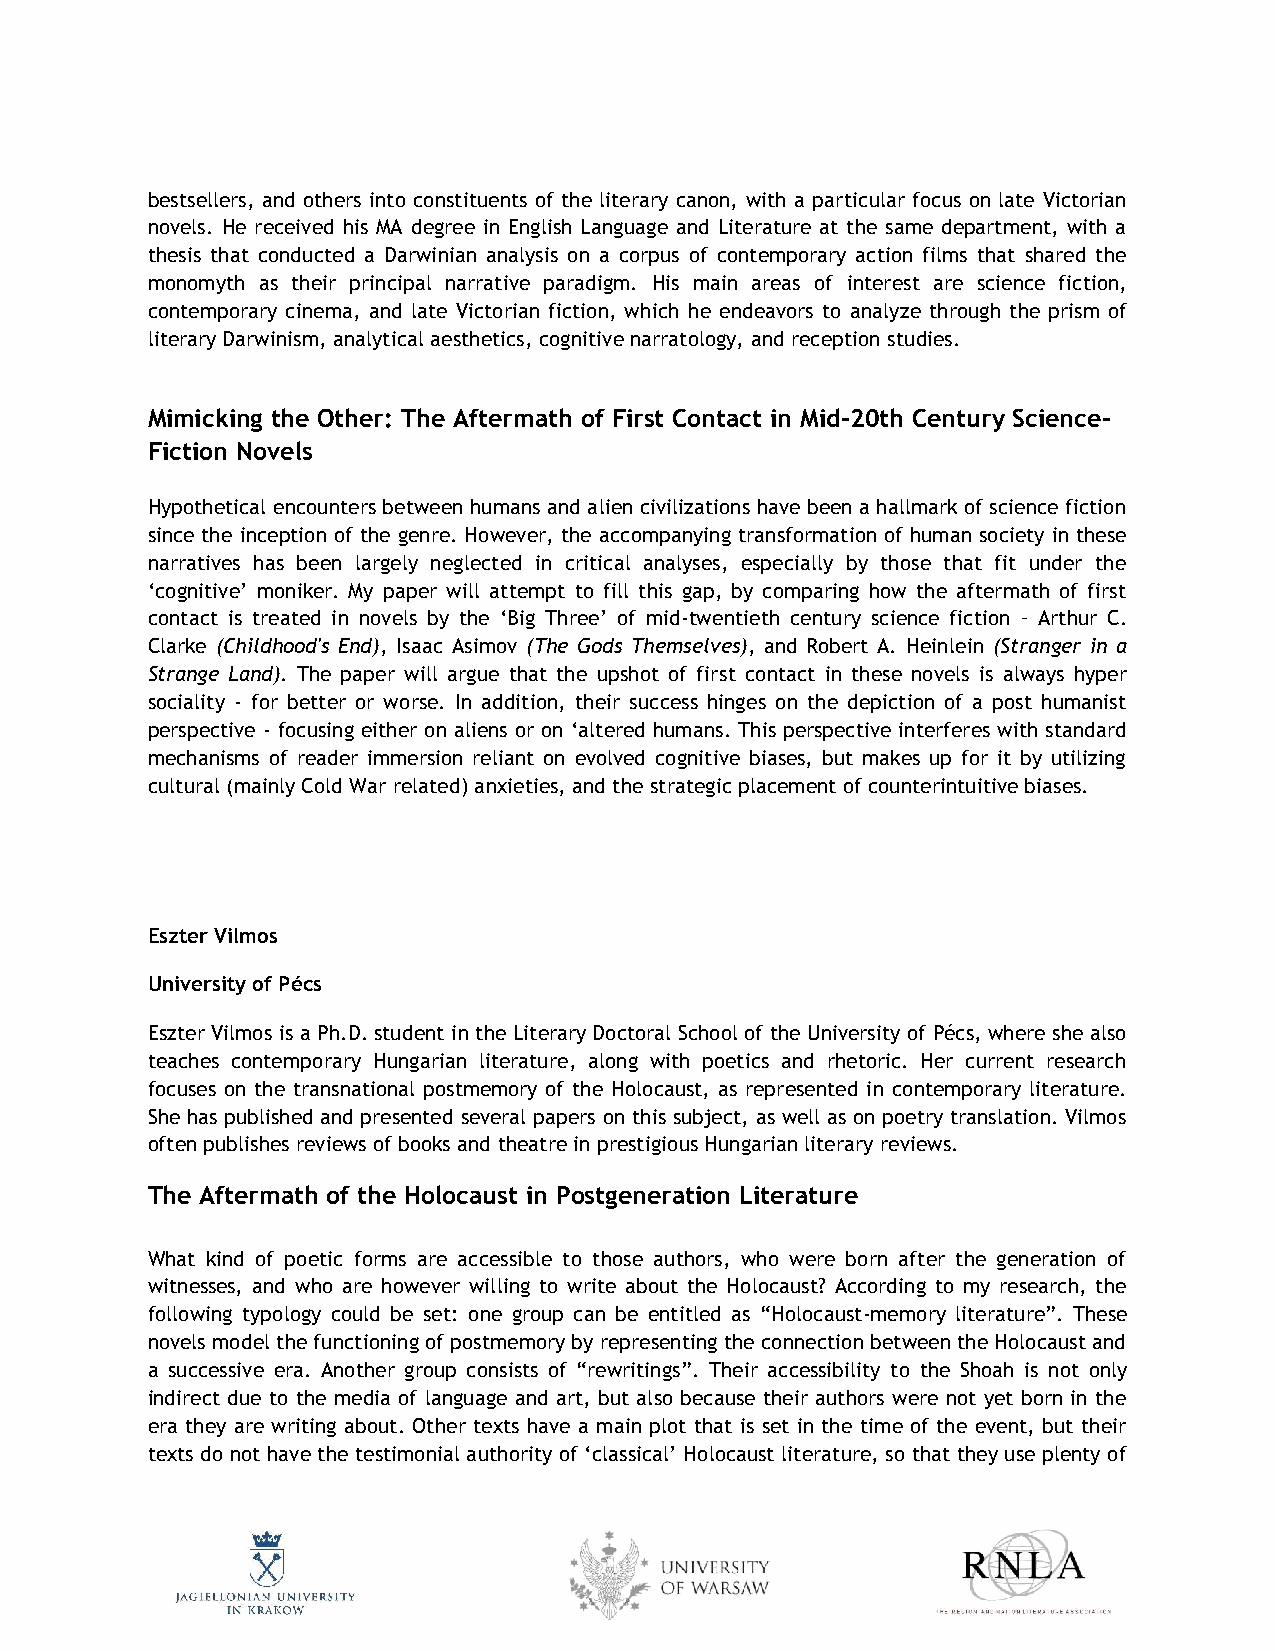
bestsellers, and others into constituents of the literary canon, with a particular focus on late Victorian
 novels. He received his MA degree in English Language and Literature at the same department, with a
 thesis that conducted a Darwinian analysis on a corpus of contemporary action films that shared the
 monomyth as their principal narrative paradigm. His main areas of interest are science fiction,
 contemporary cinema, and late Victorian fiction, which he endeavors to analyze through the prism of
 literary Darwinism, analytical aesthetics, cognitive narratology, and reception studies.
 Mimicking the Other: The Aftermath of First Contact in Mid-20th Century Science-
 Fiction Novels
 Hypothetical encounters between humans and alien civilizations have been a hallmark of science fiction
 since the inception of the genre. However, the accompanying transformation of human society in these
 narratives has been largely neglected in critical analyses, especially by those that fit under the
 ‘cognitive’ moniker. My paper will attempt to fill this gap, by comparing how the aftermath of first
 contact is treated in novels by the ‘Big Three’ of mid-twentieth century science fiction – Arthur C.
 Clarke (Childhood's End), Isaac Asimov (The Gods Themselves), and Robert A. Heinlein (Stranger in a
 Strange Land). The paper will argue that the upshot of first contact in these novels is always hyper
 sociality - for better or worse. In addition, their success hinges on the depiction of a post humanist
 perspective - focusing either on aliens or on ‘altered humans. This perspective interferes with standard
 mechanisms of reader immersion reliant on evolved cognitive biases, but makes up for it by utilizing
 cultural (mainly Cold War related) anxieties, and the strategic placement of counterintuitive biases.
 Eszter Vilmos
 University of Pécs
 Eszter Vilmos is a Ph.D. student in the Literary Doctoral School of the University of Pécs, where she also
 teaches contemporary Hungarian literature, along with poetics and rhetoric. Her current research
 focuses on the transnational postmemory of the Holocaust, as represented in contemporary literature.
 She has published and presented several papers on this subject, as well as on poetry translation. Vilmos
 often publishes reviews of books and theatre in prestigious Hungarian literary reviews.
 The Aftermath of the Holocaust in Postgeneration Literature
 What kind of poetic forms are accessible to those authors, who were born after the generation of
 witnesses, and who are however willing to write about the Holocaust? According to my research, the
 following typology could be set: one group can be entitled as “Holocaust-memory literature”. These
 novels model the functioning of postmemory by representing the connection between the Holocaust and
 a successive era. Another group consists of “rewritings”. Their accessibility to the Shoah is not only
 indirect due to the media of language and art, but also because their authors were not yet born in the
 era they are writing about. Other texts have a main plot that is set in the time of the event, but their
 texts do not have the testimonial authority of ‘classical’ Holocaust literature, so that they use plenty of